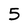
Character: 5